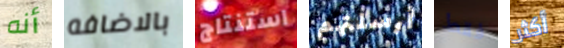
أنه بالاضافه استنتاج أرسلتهم فقط أكثر